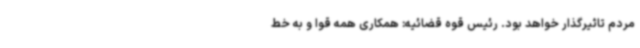
مردم تاثیرگذار خواهد بود. رئیس قوه قضائیه: همکاری همه قوا و به خط